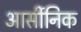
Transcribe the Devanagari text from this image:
आर्सीनिक